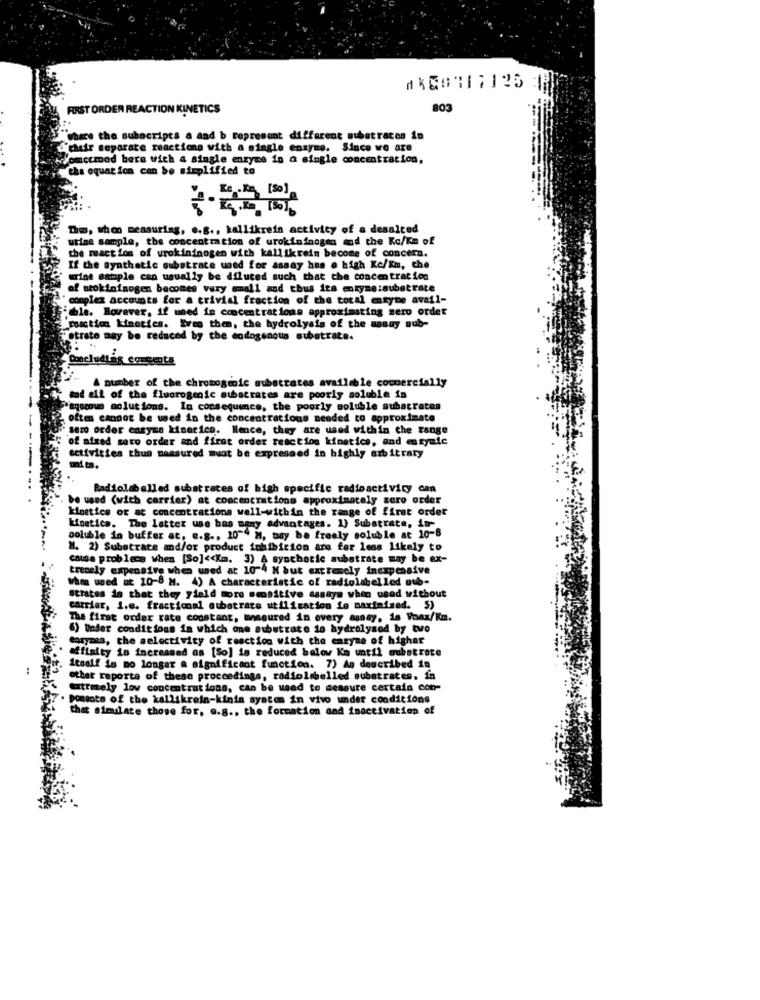
#X&#117125 H
FIRST ORDER REACTION KINETICS
803
"Where the subscripts a and b represent different subatraces in
chair separate reactions with a single enzyme. Since vo are
Somccmed bere with a single enzyme in a single concentration,
the equation can be simplified to
Ko. Kg [50]
The, who measuring, e.g ., kallikrein activity of a desalted
urine sample, the concentration of urokininogen and the Kc/Km of
the meaction of wrokininogen with kallikrein become of concern.
If the synthetic substrace uned for assay hus . high Ke/Em, the
urine astaple can usually be diluted such that the concentration
of stokininogen becomes very small and thus its enzymessubstrate
complex accounts for a trivial fraction of the total enzyme avail-
ble. Borever, if used in concentrations approximsting sero order
reaction kinetics. Eres then, the hydrolysis of the masay sub-
Otrate may be reduced by the endogenous substrate.
Concludias contenta
A number of the chromogenic subetrates available commercially
+ mad ali of the fluorogenic aubacrates are poorly soluble in
"eqccous solutions. In consequence, the poorly soluble subacrates
often cannot be used in the concentrations needed to approximate
sero order enzyme kinetice. Hence, they are used within the range
"of aired seto order and first order reaction kinetics, and enzymie
activities thus measured must be expressed in highly arbitrary
--...
Radiolabelled substrates of high specific radioactivity can
be used (with carrier) at concentrations approximately zero order
kinetics or at concentrations well-within the range of first order
kinetica. The latter use bas many advantages. 1) Substrate, in-
soluble in buffer at, e.g ., 10"4 H, may be freely soluble at 10-8
M. 2) Substrate and/or product inhibition are far less likely to
cause problems when [So] << Km. 3) A synthetic substrate may be ex-
trinely expensive when used at 10-4 H but extremely inexpensive
whos wed at 10-8 M. 4) A characteristic of radiolabelled oub-
Strates is that they yield more sensitive assays when used without
carrier, i.e. fractional substrate utilization ie maximised. S)
The first order rate constant, measured in every assay, is Vonx/Km.
6) Under conditions in which one substrate in hydrolyzed by two
Corymes, the selectivity of reaction with the enzyme of higher
affinity is increased as [So] is reduced below Km until wubstrate
itself is no longer a significant function. 7) As described in
other reporta of these proceedings, radiolabelled substrates, in
extremely low concentrations, can be used to sessure certain con-
pontote of the kallikrein-kinin system in vivo under conditions
that simulate those for, e.g ., the formation and inactivation of